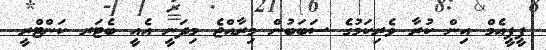
ޕީޕީއެމް އިން ކުރާ ވެރިކަމުގެ ސަބަބުން މިރާއްޖެ މިދަނީ އެއީ ބެޓަރ ކަންޓްރީ